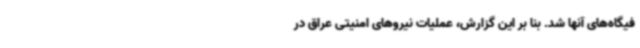
فیگاه‌های آنها شد. بنا بر این گزارش، عملیات نیروهای امنیتی عراق در